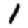
Digit: 1